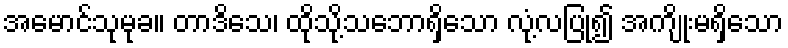
အမောင်သုမုခ။ တာဒိသေ၊ ထိုသို့သဘောရှိသော လုံ့လပြု၍ အကျိုးမရှိသော